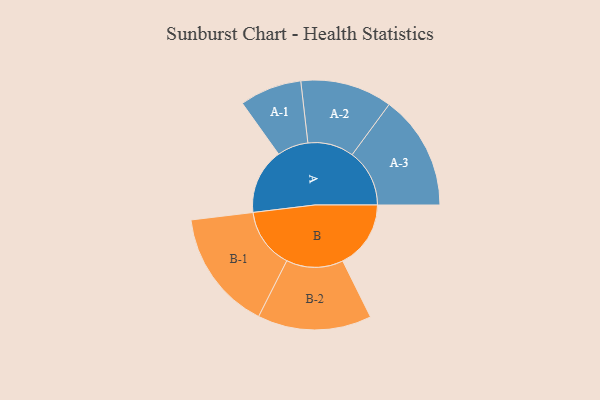
{"axis": {"x": "Segment", "y": "Value"}, "legend": ["", "A", "B"], "data": [{"x": "A", "y": 294, "type": ""}, {"x": "B", "y": 305, "type": ""}, {"x": "A-1", "y": 139, "type": "A"}, {"x": "A-2", "y": 206, "type": "A"}, {"x": "A-3", "y": 257, "type": "A"}, {"x": "B-1", "y": 270, "type": "B"}, {"x": "B-2", "y": 255, "type": "B"}]}